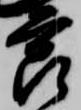
節